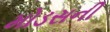
મોડસની